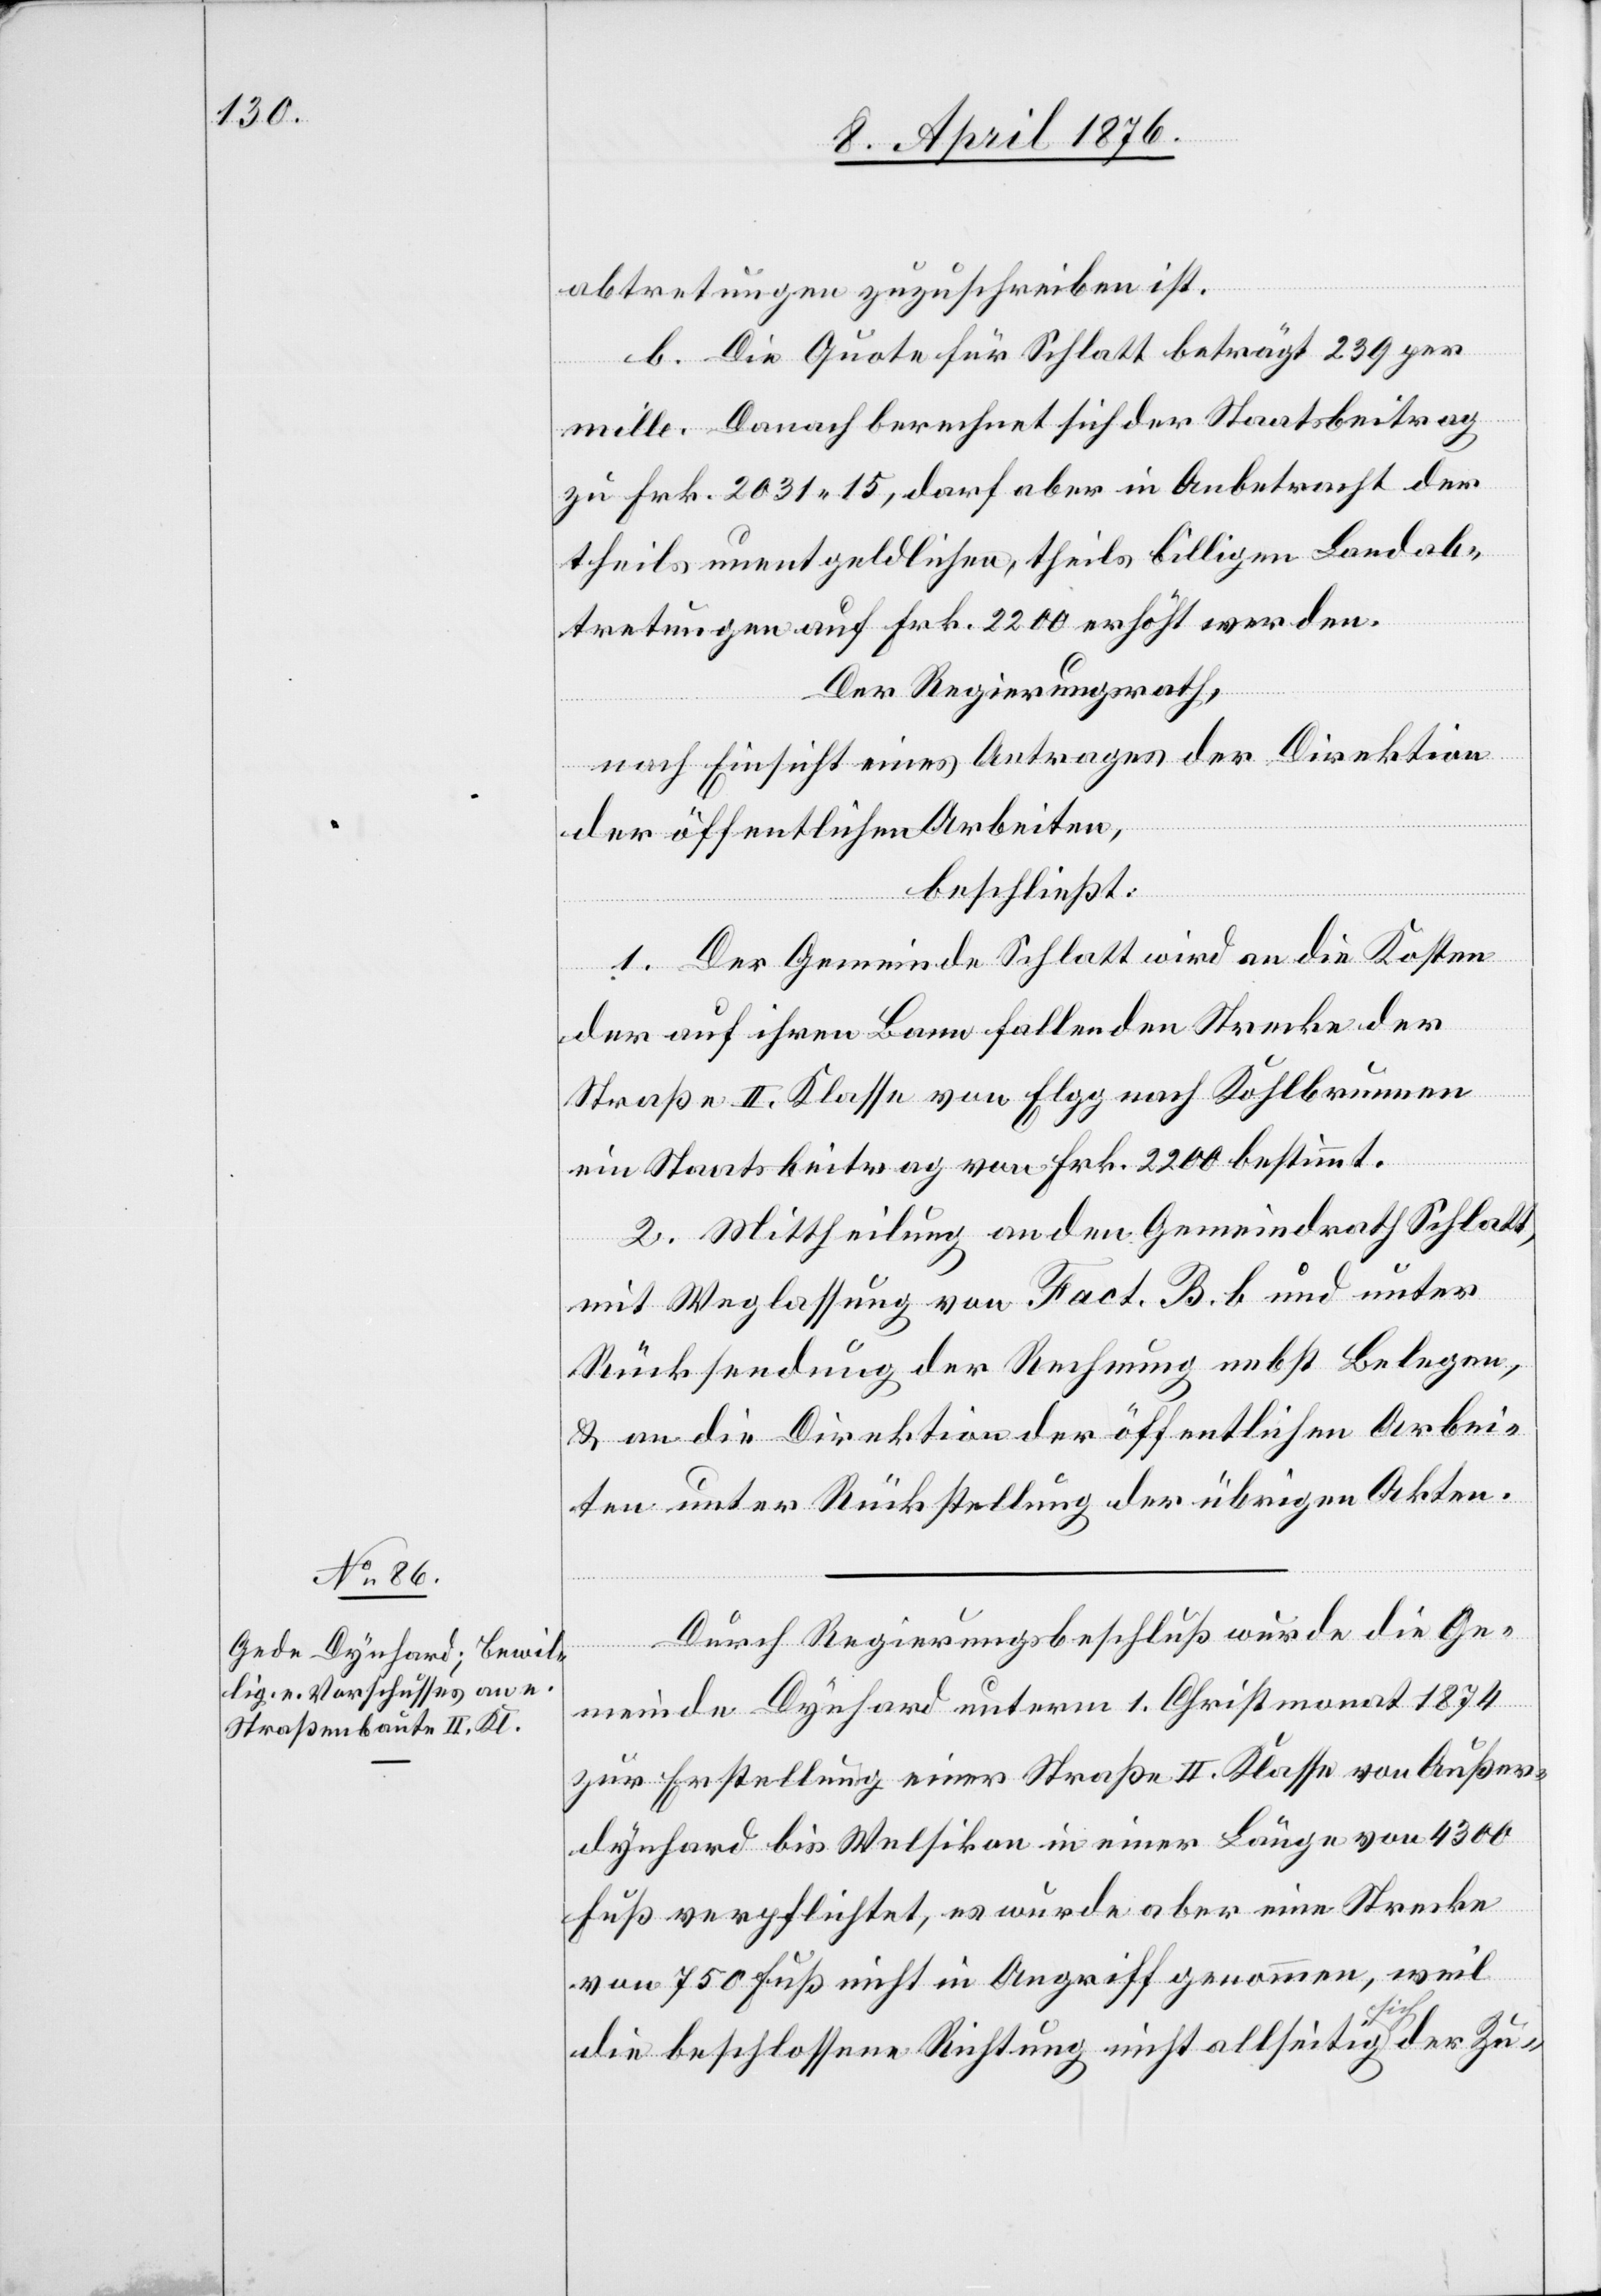
abtretungen zuzuschreiben ist.
b. Die Quote für Schlatt beträgt 239 per
mille. Danach berechnet sich der Staatsbeitrag
zu Frk. 2031 15, darf aber in Anbetracht der
theils unentgeldlichen, theils billigen Landab¬
tretungen auf Frk. 2200 erhöht werden.
Der Regierungsrath,
nach Einsicht eines Antrages der Direktion
der öffentlichen Arbeiten,
beschließt:
1. Der Gemeinde Schlatt wird an die Kosten
der auf ihren Bann fallenden Strecke der
Straße II. Klasse von Elgg nach Kohlbrunnen
ein Staatsbeitrag von Frk. 2200 bestimmt.
2. Mittheilung an den Gemeindrath Schlatt,
mit Weglassung von Fact. B. b und unter
Rücksendung der Rechnung nebst Belegen,
& an die Direktion der öffentlichen Arbei¬
ten unter Rückstellung der übrigen Akten.
Durch Regierungsbeschluß wurde die Ge¬
meinde Dynhard unterm 1. Christmonat 1874
zur Erstellung einer Straße II. Klasse von Außer¬
dynhard bis Welsikon in einer Länge von 4300
Fuß verpflichtet, es wurde aber eine Strecke
von 750 Fuß nicht in Angriff genommen, weil
die beschlossene Richtung nicht allseitig sich der Zu-